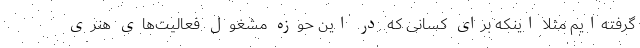
گرفته‌ایم مثلا اینکه برای کسانی که در این حوزه مشغول فعالیت‌های هنری